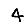
Digit: 4